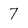
Character: 7